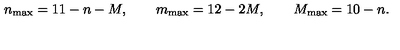
n _ { \mathrm { m a x } } = 1 1 - n - M , \qquad m _ { \mathrm { m a x } } = 1 2 - 2 M , \qquad M _ { \mathrm { m a x } } = 1 0 - n .